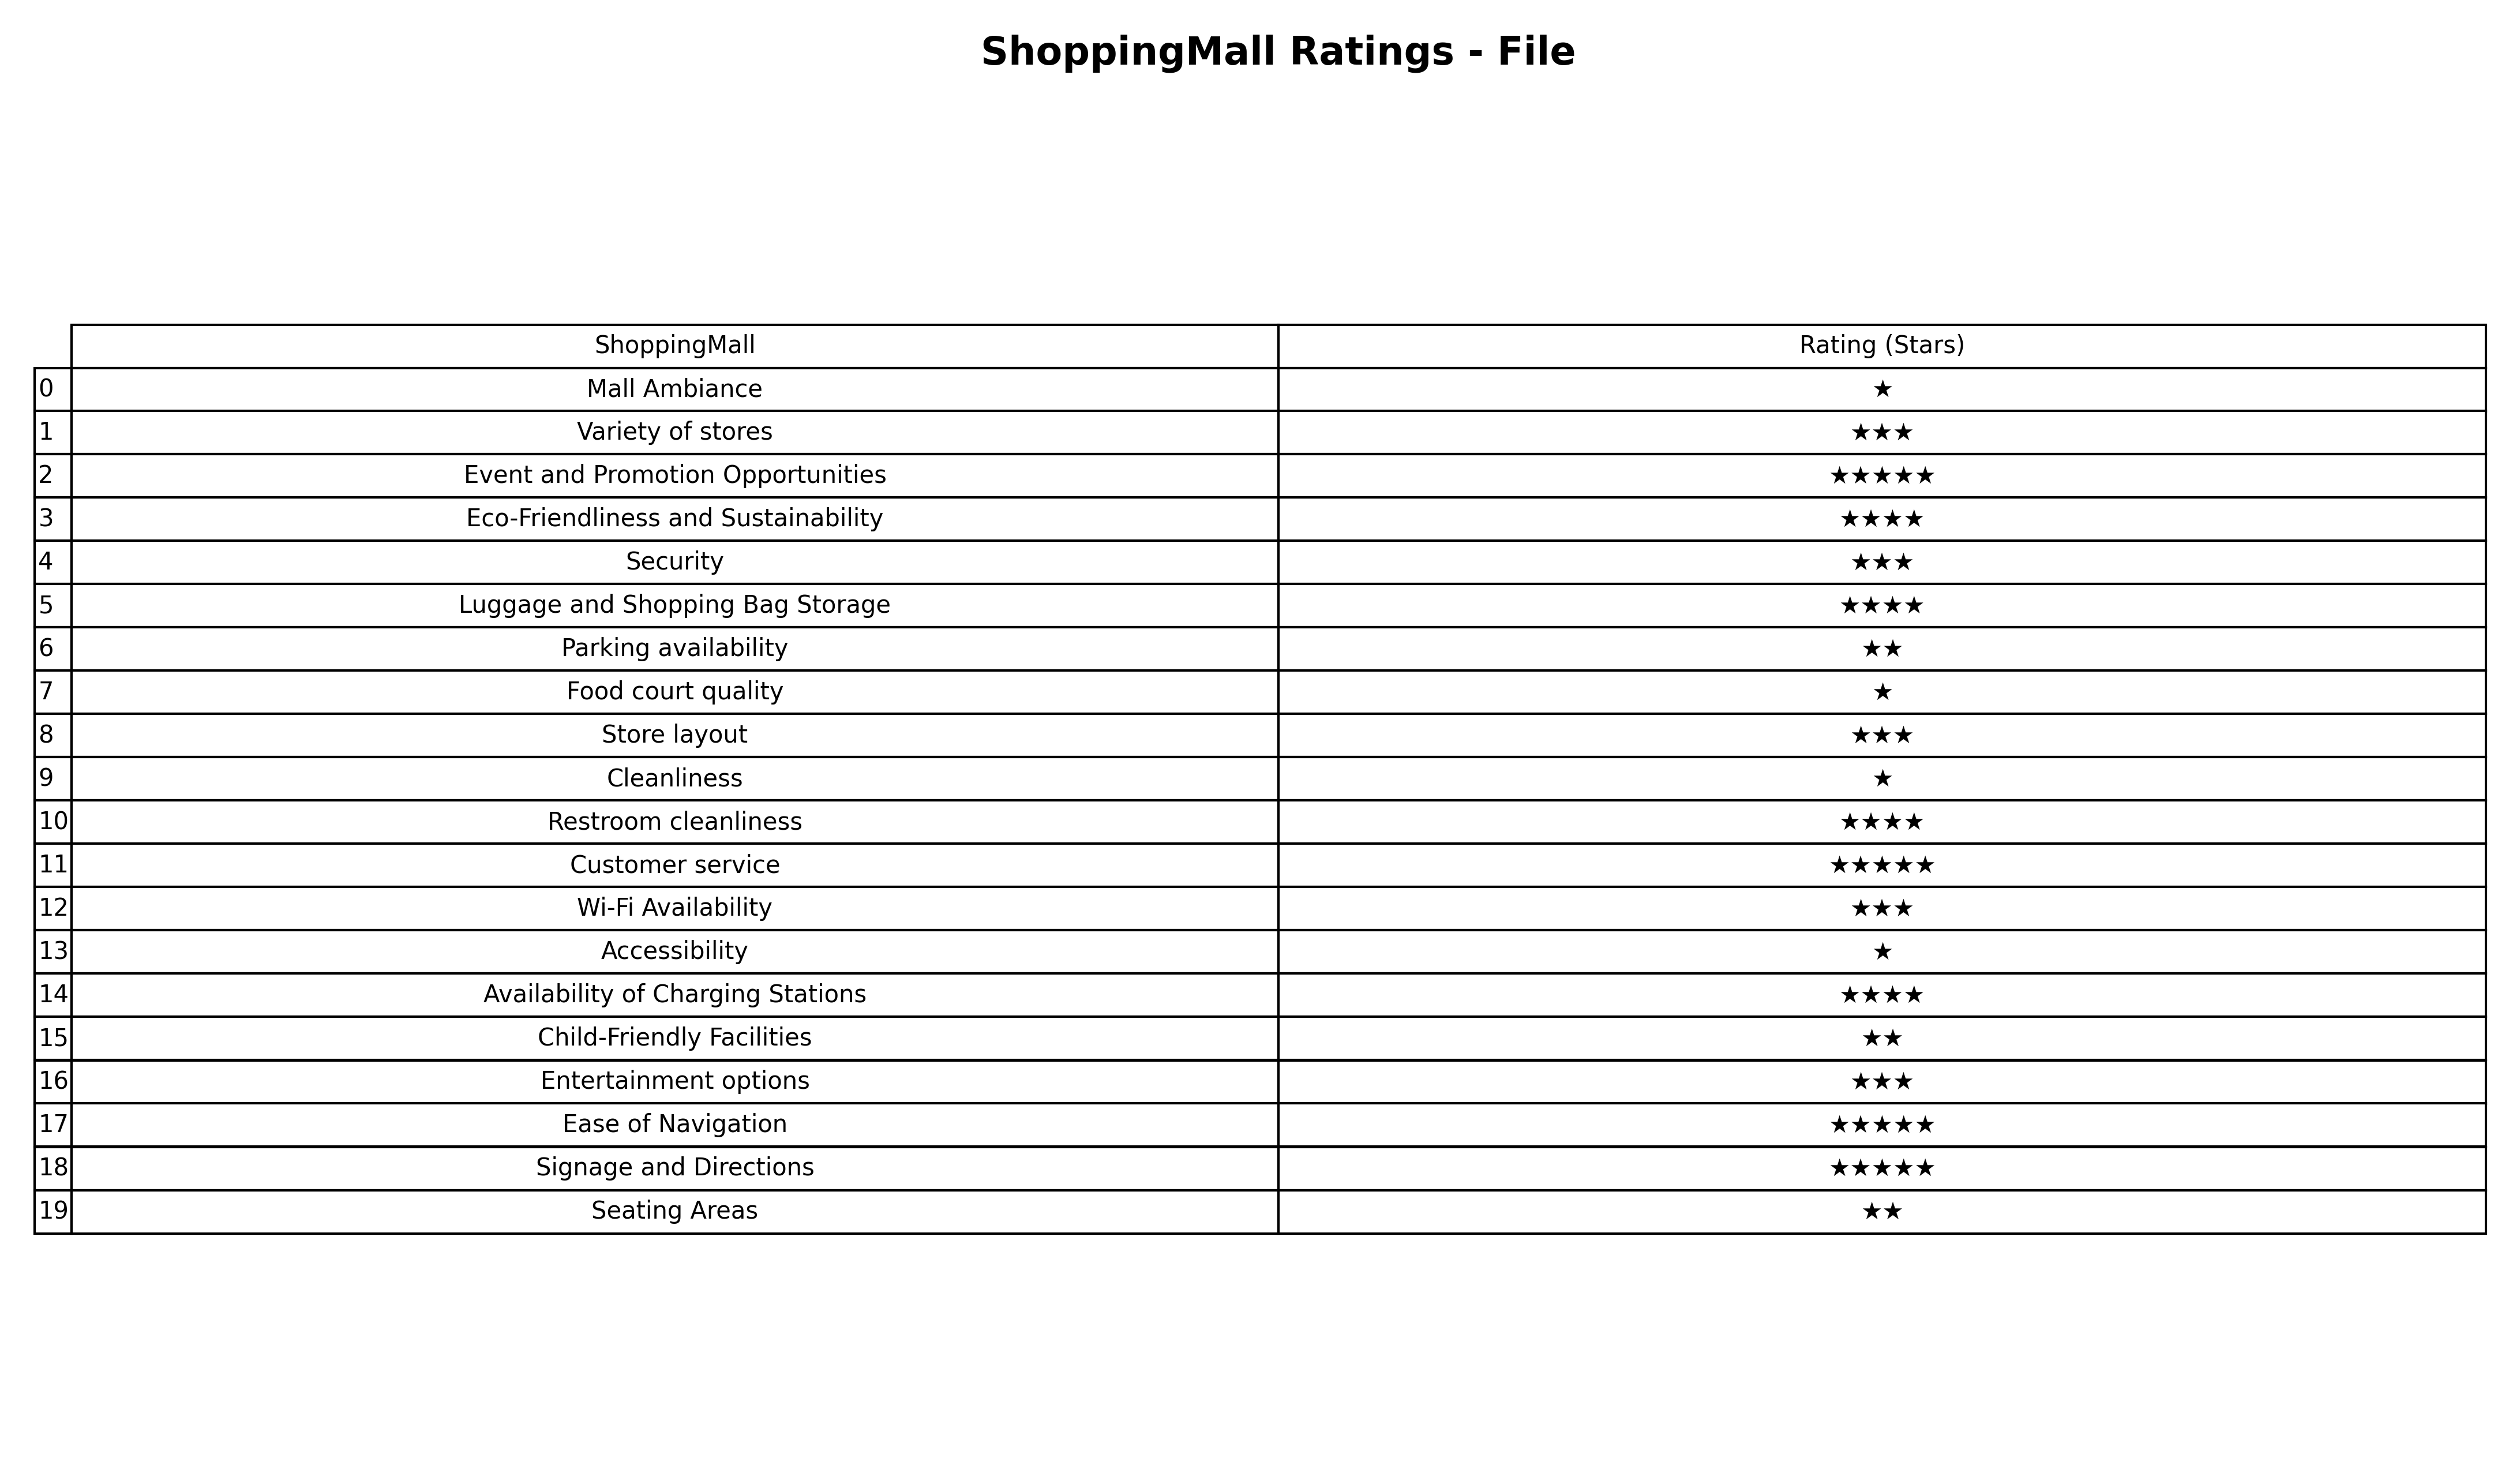
question: What are five star services?
answer: Event and Promotion OpportunitiesCustomer serviceEase of NavigationSignage and Directions